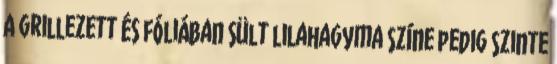
A grillezett és fóliában sült lilahagyma színe pedig szinte